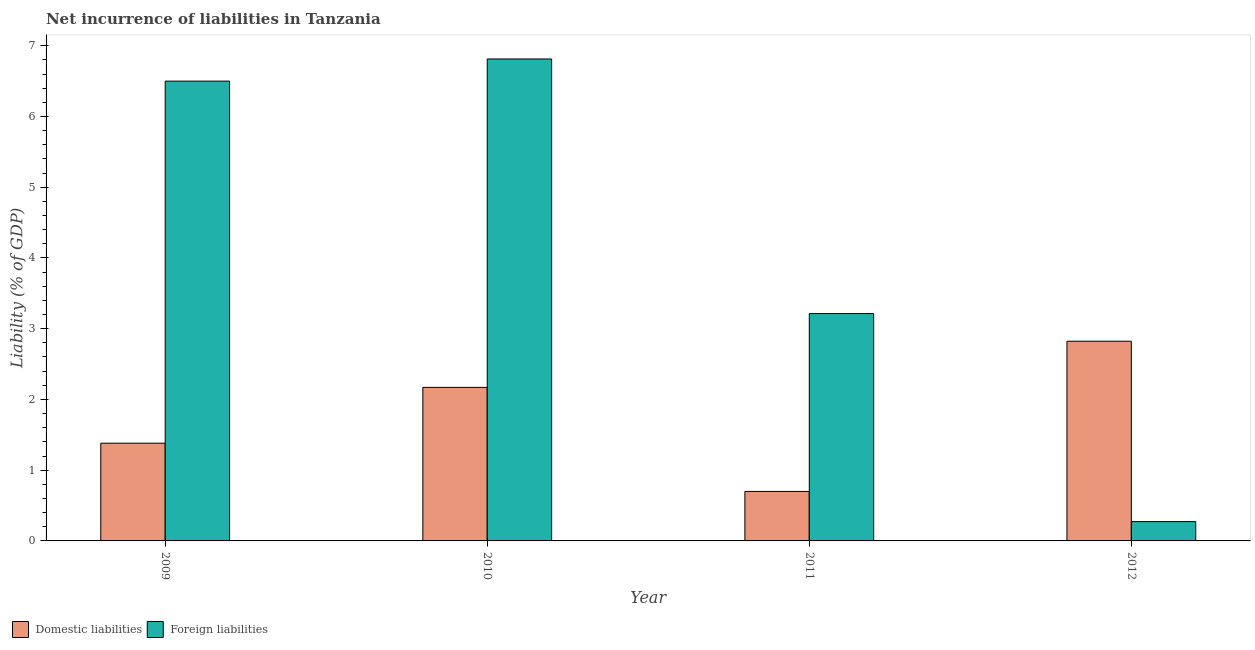
| Year | Domestic liabilities | Foreign liabilities |
 | --- | --- | --- |
 | 2009 | 1.38 | 6.5 |
 | 2010 | 2.17 | 6.81 |
 | 2011 | 0.7 | 3.21 |
 | 2012 | 2.82 | 0.273 |